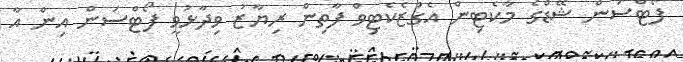
ފޯޓްސަން ޝޭޑްގެ މާކެޓިން އެގްޒެކެޓިވް ފާތިން ރިޔާޒު ވިދާޅުވީ ފޯޓްސަން އިން އާ